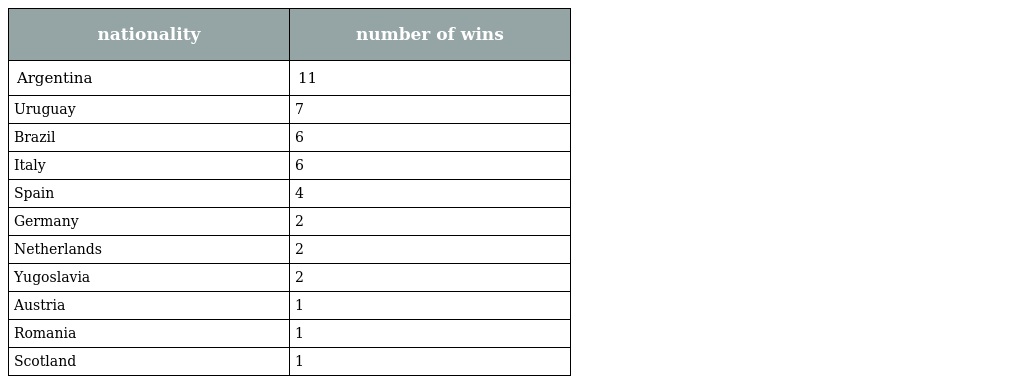
| nationality | number of wins |
 | --- | --- |
 | Argentina | 11 |
 | Uruguay | 7 |
 | Brazil | 6 |
 | Italy | 6 |
 | Spain | 4 |
 | Germany | 2 |
 | Netherlands | 2 |
 | Yugoslavia | 2 |
 | Austria | 1 |
 | Romania | 1 |
 | Scotland | 1 |